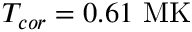
T _ { c o r } = 0 . 6 1 \ \mathrm { M K }